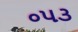
૦૫૩